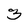
Character: 3